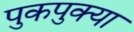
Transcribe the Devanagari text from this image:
पुकपुक्या